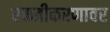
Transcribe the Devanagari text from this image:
एकत्रीकरणावर